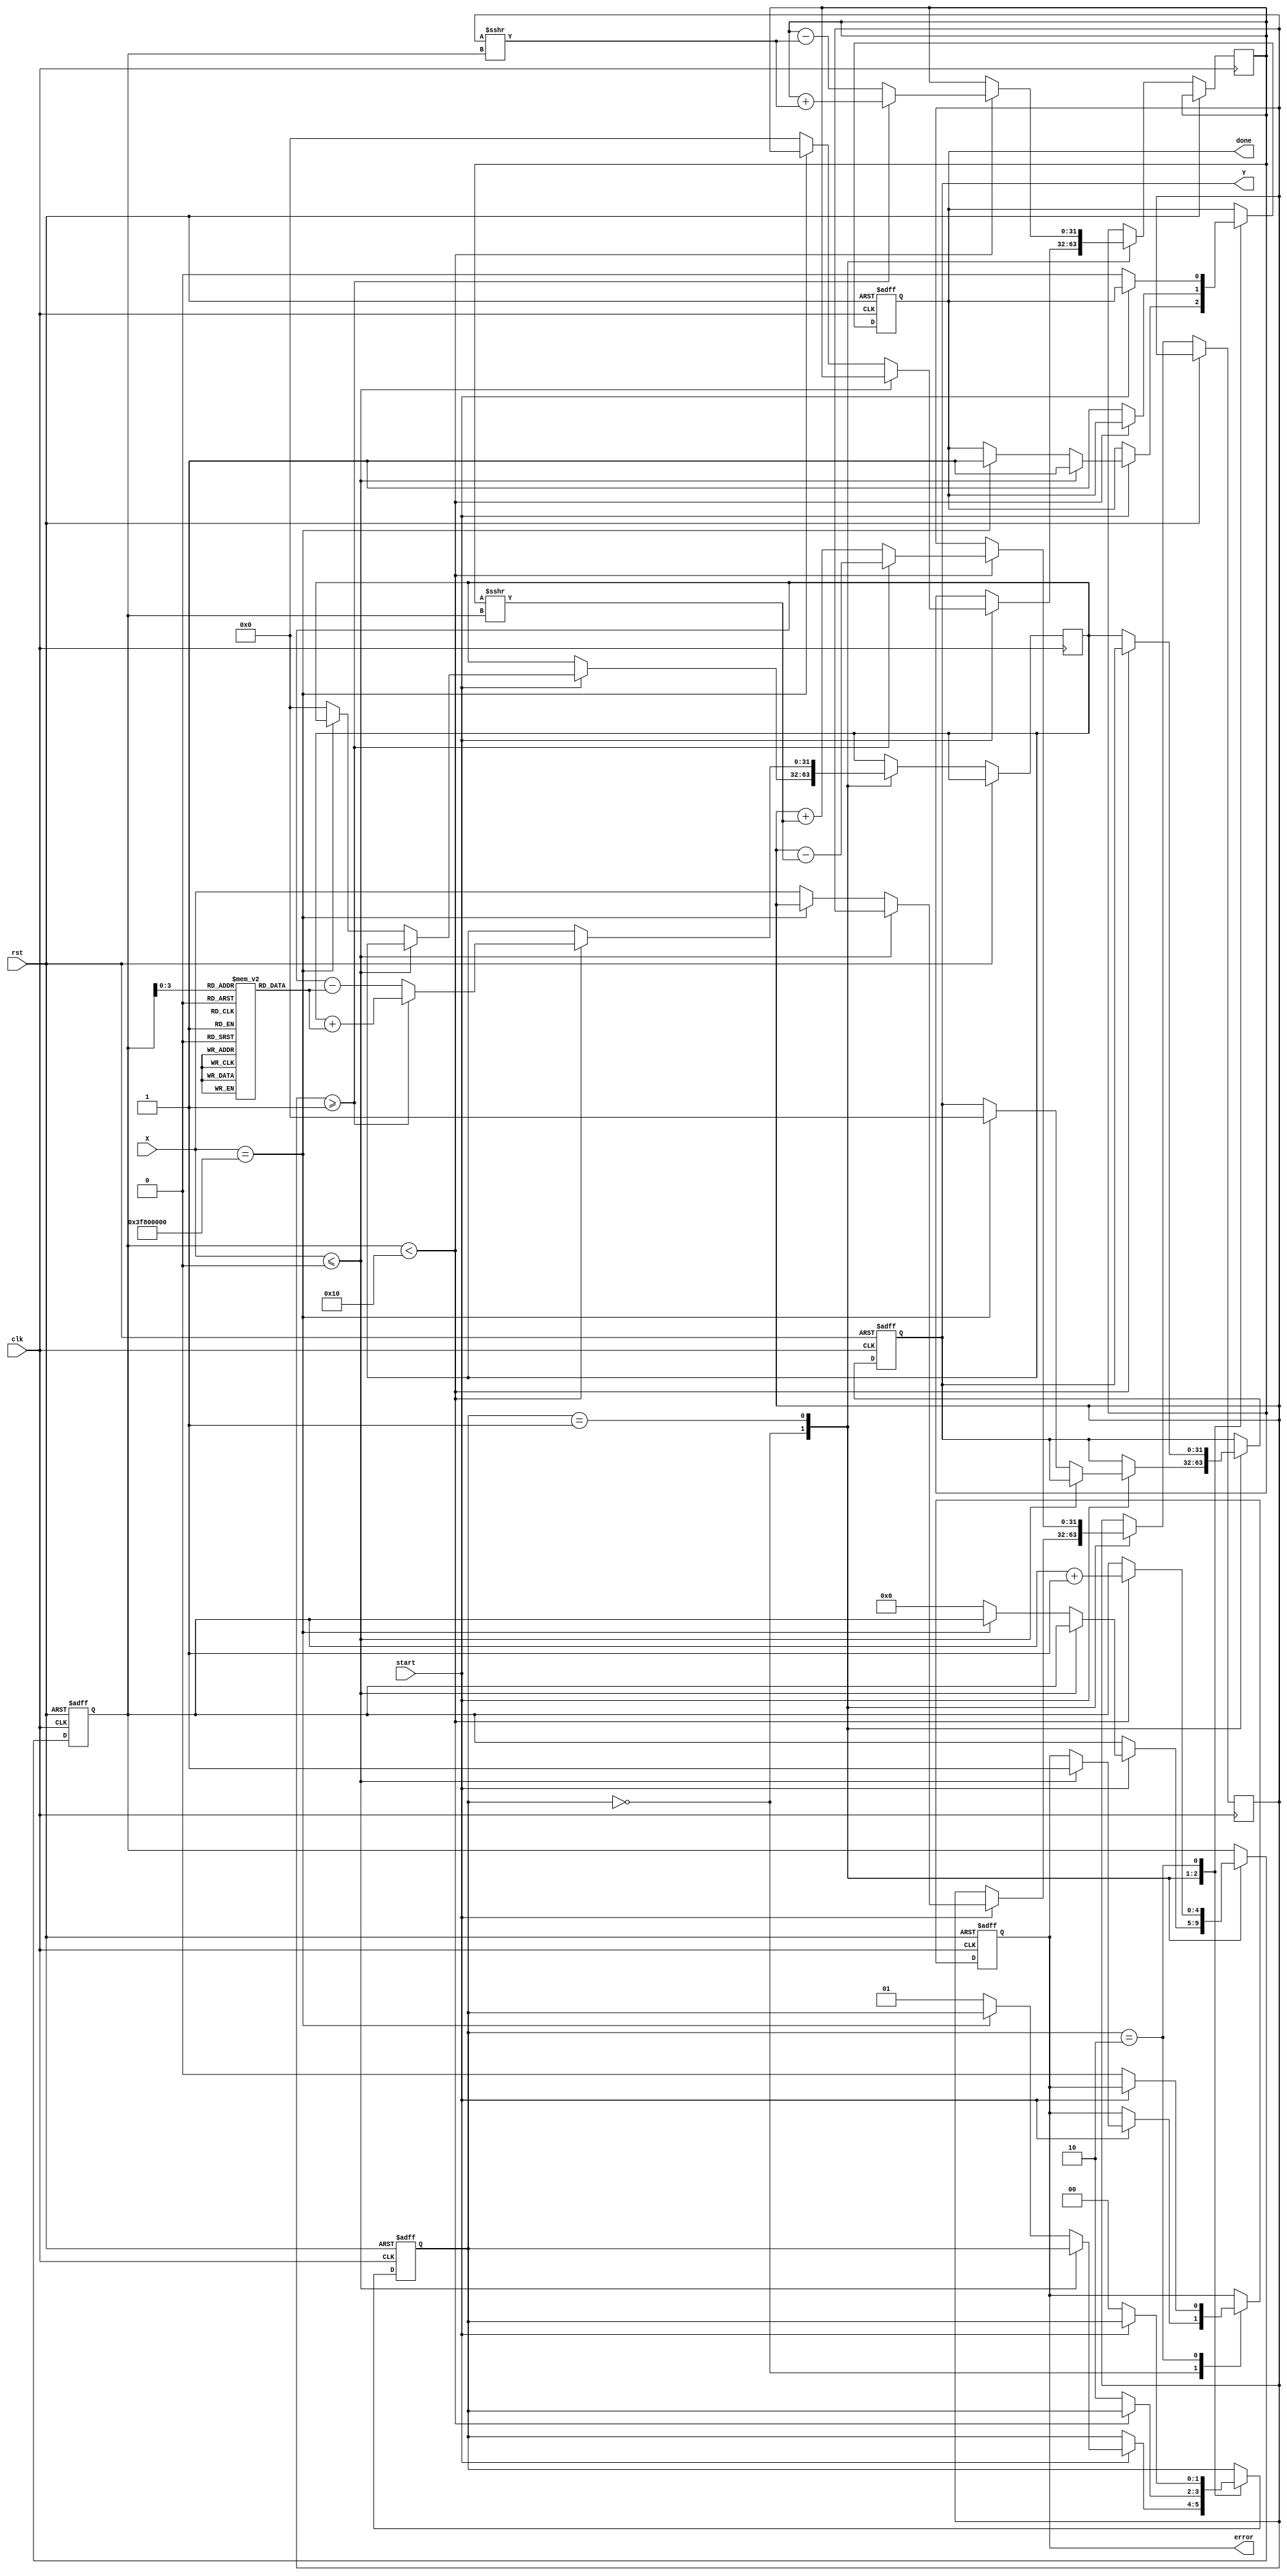
module cordic_logarithm #(
    parameter WIDTH = 32,          // Bit-width for input and output
    parameter ITERATIONS = 16      // Number of CORDIC iterations
)(
    input wire clk,
    input wire rst,
    input wire start,
    input wire [WIDTH-1:0] X,     // Input: Positive floating-point number
    output reg [WIDTH-1:0] Y,      // Output: Logarithmic value
    output reg done,                // Output: Done signal
    output reg error                // Output: Error signal
);

    // Internal signals
    reg [WIDTH-1:0] x_reg, y_reg;  // Registers for CORDIC calculations
    reg [WIDTH-1:0] z_reg;          // Angle accumulator
    reg [4:0] iteration;            // Iteration counter
    reg [1:0] state;                // FSM state
    reg [WIDTH-1:0] atan_table [0:ITERATIONS-1]; // Arctangent lookup table

    // State encoding
    localparam IDLE = 2'b00;
    localparam CALC = 2'b01;
    localparam DONE = 2'b10;

    // Initialize arctangent values (in fixed-point format)
    initial begin
        // Populate atan_table with pre-calculated values for CORDIC
        atan_table[0] = 32'h00000000; // atan(0)
        atan_table[1] = 32'h3F490FDB; // atan(1/2^1)
        atan_table[2] = 32'h3F22D9B6; // atan(1/2^2)
        // ... (fill in remaining values)
        atan_table[15] = 32'h3E2D8A3D; // atan(1/2^15)
    end

    // FSM for controlling the CORDIC process
    always @(posedge clk or posedge rst) begin
        if (rst) begin
            state <= IDLE;
            done <= 0;
            error <= 0;
            iteration <= 0;
            Y <= 0;
        end else begin
            case (state)
                IDLE: begin
                    if (start) begin
                        if (X <= 0) begin
                            error <= 1; // Invalid input
                            done <= 1;
                        end else if (X == 32'h3F800000) begin // Input of 1
                            Y <= 32'h00000000; // Log(1) = 0
                            done <= 1;
                        end else begin
                            x_reg <= X; // Initialize x_reg with input
                            y_reg <= 32'h00000000; // Initialize y_reg
                            z_reg <= 32'h00000000; // Initialize z_reg
                            iteration <= 0; // Reset iteration counter
                            state <= CALC; // Move to calculation state
                        end
                    end
                end
                CALC: begin
                    if (iteration < ITERATIONS) begin
                        // CORDIC rotation
                        if (x_reg >= 32'h00000001) begin
                            x_reg <= x_reg - (y_reg >>> iteration);
                            y_reg <= y_reg + (x_reg >>> iteration);
                            z_reg <= z_reg + atan_table[iteration];
                        end else begin
                            x_reg <= x_reg + (y_reg >>> iteration);
                            y_reg <= y_reg - (x_reg >>> iteration);
                            z_reg <= z_reg - atan_table[iteration];
                        end
                        iteration <= iteration + 1; // Increment iteration
                    end else begin
                        Y <= z_reg; // Store result
                        done <= 1; // Indicate completion
                        state <= DONE; // Move to done state
                    end
                end
                DONE: begin
                    if (!start) begin
                        state <= IDLE; // Reset state machine
                        done <= 0;
                        error <= 0;
                    end
                end
            endcase
        end
    end

endmodule